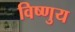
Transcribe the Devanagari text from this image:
विष्णुय